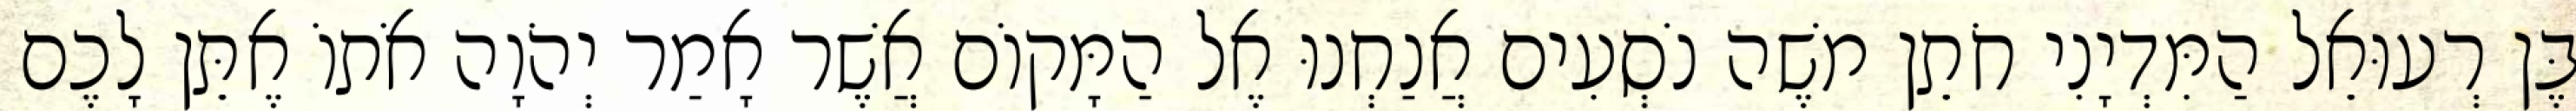
בֶּן רְעוּאֵל הַמִּדְיָנִי חֹתֵן משֶׁה נֹסְעִים אֲנַחְנוּ אֶל הַמָּקוֹם אֲשֶׁר אָמַר יְהֹוָה אֹתוֹ אֶתֵּן לָכֶם